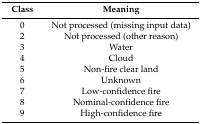
<table><thead><tr><td><b>Class</b></td><td><b>Meaning</b></td></tr></thead><tbody><tr><td>0</td><td>Not processed (missing input data)</td></tr><tr><td>2</td><td>Not processed (other reason)</td></tr><tr><td>3</td><td>Water</td></tr><tr><td>4</td><td>Cloud</td></tr><tr><td>5</td><td>Non-fire clear land</td></tr><tr><td>6</td><td>Unknown</td></tr><tr><td>7</td><td>Low-confidence fire</td></tr><tr><td>8</td><td>Nominal-confidence fire</td></tr><tr><td>9</td><td>High-confidence fire</td></tr></tbody></table>